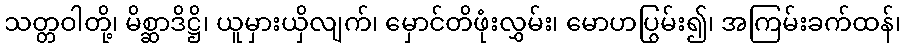
သတ္တဝါတို့၊ မိစ္ဆာဒိဋ္ဌိ၊ ယူမှားယှိလျက်၊ မှောင်တိဖုံးလွှမ်း၊ မောဟပြွမ်း၍၊ အကြမ်းခက်ထန်၊